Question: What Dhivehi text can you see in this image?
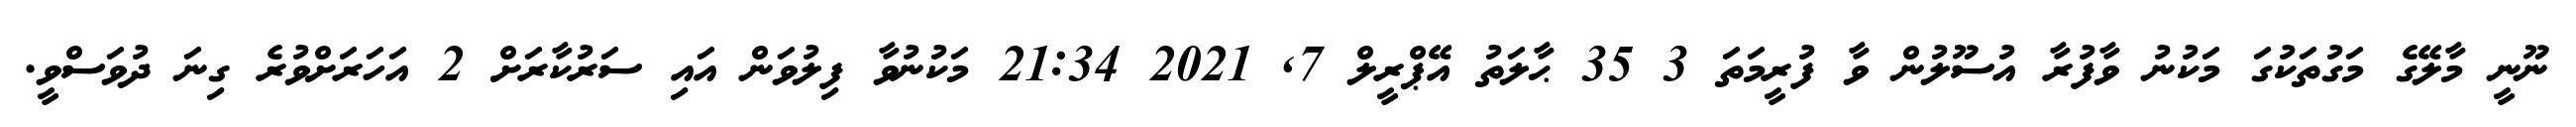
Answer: ނޫނީ މާލޭގެ މަގުތަކުގަ މަކުނު ވާފުރާ އުސޫލުން ވާ ފުރީމަތަ 3 35 ޙާލަތު އޭޕްރީލް 7, 2021 21:34 މަކުނުވާ ފިލުވަން އައި ސަރުކާރަށް 2 އަހަރަށްވުރެ ގިނަ ދުވަސްވީ.